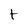
Character: t